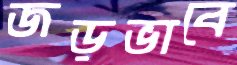
জড়ভাবে